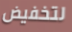
لتخفيض